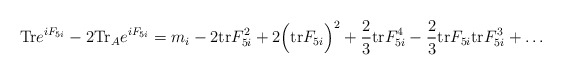
\begin{align*}{\rm Tr}e^{iF_{5i}} - 2 {\rm Tr}_A e^{iF_{5i}} = m_i - 2 {\rm tr}F_{5i}^2 + 2 \Big( {\rm tr} F_{5i} \Big)^2 +{2 \over 3} {\rm tr}F_{5i}^4 -{2\over 3} {\rm tr} F_{5i} {\rm tr} F_{5i}^3 + \dots\end{align*}